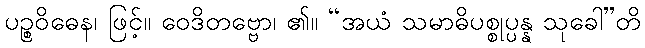
ပဉ္စဝိဓေန၊ ဖြင့်။ ဝေဒိတဗ္ဗော၊ ၏။ “အယံ သမာဓိပစ္စုပ္ပန္န သုခေါ”တိ